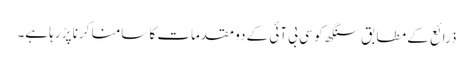
ذرائع کے مطابق سنگھ کو سی بی آئی کے دو مقدمات کا سامنا کرنا پڑ رہا ہے۔